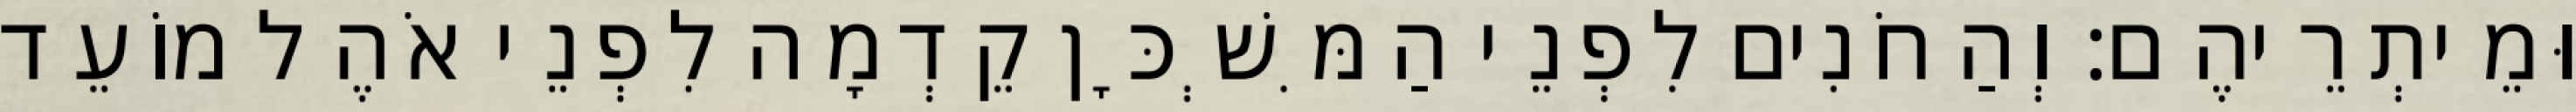
וּמֵיתְרֵיהֶם׃ וְהַחֹנִים לִפְנֵי הַמִּשְׁכָּן קֵדְמָה לִפְנֵי אֹהֶל מוֹעֵד